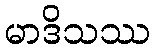
မာဒိသဿ